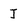
Character: J